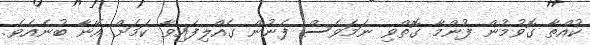
ކުއްތާ ގޮވުމުން ފުންމާ ގޮތްވި ނަމަވެސް ފެނުން ގެއްލިފައިވާ ކަމަށް އޭނާ ބުނެއެވެ.